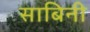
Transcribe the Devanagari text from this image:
साबिनी